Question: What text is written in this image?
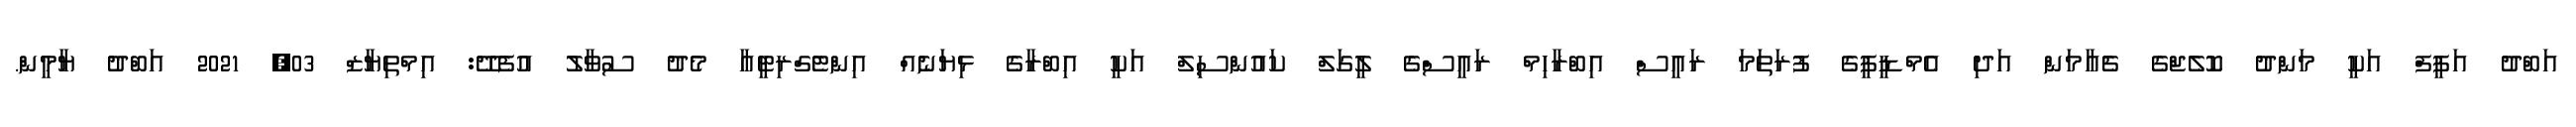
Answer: އަބްދު އަފީފް އަކީ މަންދު ކޮލެޖްގެ ޗެއާމަން އަދި އެމްޑީޕީގެ ފުރަތަމަ ރައީސް އިބްރާހިމް ރައީސްގެ ލީގަލް ކައުންސިލް އަކީ އިބްރާގެ ޅިޔަނެއް އިންޓެގްރިޓީއާ މެދު ސުވާލު އުފެދޭ: އިމްތިޔާޒް 03, 2021 އަބްދު ޔާމީން.